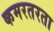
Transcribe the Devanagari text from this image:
कमरतरता